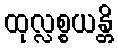
ထုလ္လစ္စယန္တိ